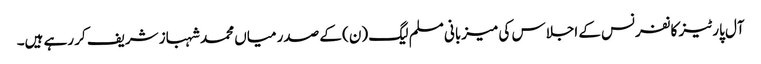
آل پارٹیز کانفرنس کے اجلاس کی میزبانی مسلم لیگ (ن) کے صدر میاں محمد شہباز شریف کر رہے ہیں۔